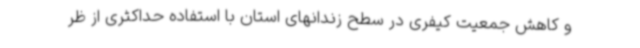
و کاهش جمعیت کیفری در سطح زندانهای استان با استفاده حداکثری از ظر